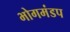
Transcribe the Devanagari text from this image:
भोगमंडप